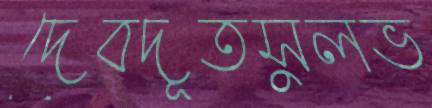
দেবদূতসুলভ